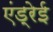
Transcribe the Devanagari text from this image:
एंड्रेई